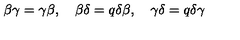
\beta \gamma = \gamma \beta , \quad \beta \delta = q \delta \beta , \quad \gamma \delta = q \delta \gamma